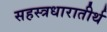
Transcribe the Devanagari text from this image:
सहस्त्रधारातीर्थ